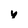
Character: v